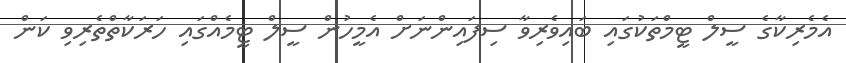
އެމެރިކާގެ ސީލް ޓީމްތަކުގައި ބައިވެރިވާ ސިފައިންނަށް އެމީހުން ސީލް ޓީމެއްގައި ހަރަކާތްތެރިވި ކަން